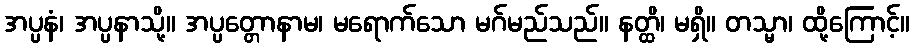
အပ္ပနံ၊ အပ္ပနာသို့။ အပ္ပတ္တောနာမ၊ မရောက်သော မဂ်မည်သည်။ နတ္ထိ၊ မရှိ။ တသ္မာ၊ ထို့ကြောင့်။